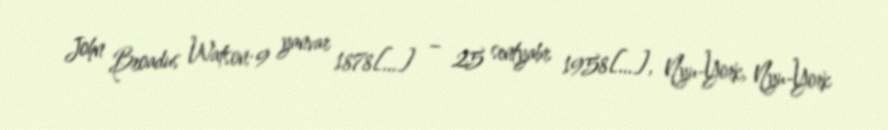
John Broadus Watson; 9 yanvar 1878[…] – 25 sentyabr 1958[…], Nyu-York, Nyu-York